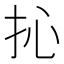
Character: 抋